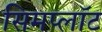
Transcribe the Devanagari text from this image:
सिमप्लॉट